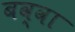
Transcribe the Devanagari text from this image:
बव्वा